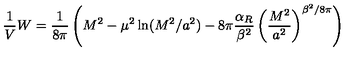
\frac { 1 } { V } W = \frac { 1 } { 8 \pi } \left( M ^ { 2 } - \mu ^ { 2 } \ln ( M ^ { 2 } / a ^ { 2 } ) - 8 \pi \frac { \alpha _ { R } } { \beta ^ { 2 } } \left( \frac { M ^ { 2 } } { a ^ { 2 } } \right) ^ { \beta ^ { 2 } / 8 \pi } \right)